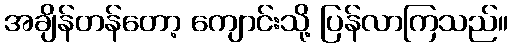
အချိန်တန်တော့ ကျောင်းသို့ ပြန်လာကြသည်။